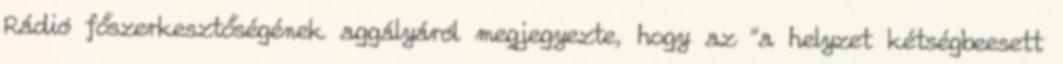
Rádió főszerkesztőségének aggályáról megjegyezte, hogy az "a helyzet kétségbeesett